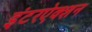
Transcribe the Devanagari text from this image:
इंटरऐक्शन